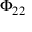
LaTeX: \Phi _ { 2 2 }